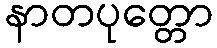
နာတပုတ္တော